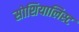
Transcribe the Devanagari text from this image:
सोशियालिस्ट